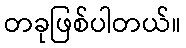
တခုဖြစ်ပါတယ်။